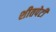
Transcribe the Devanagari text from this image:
शीतपेटी